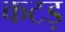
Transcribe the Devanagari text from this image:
कटड़